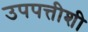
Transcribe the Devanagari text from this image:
उपपत्तीशी